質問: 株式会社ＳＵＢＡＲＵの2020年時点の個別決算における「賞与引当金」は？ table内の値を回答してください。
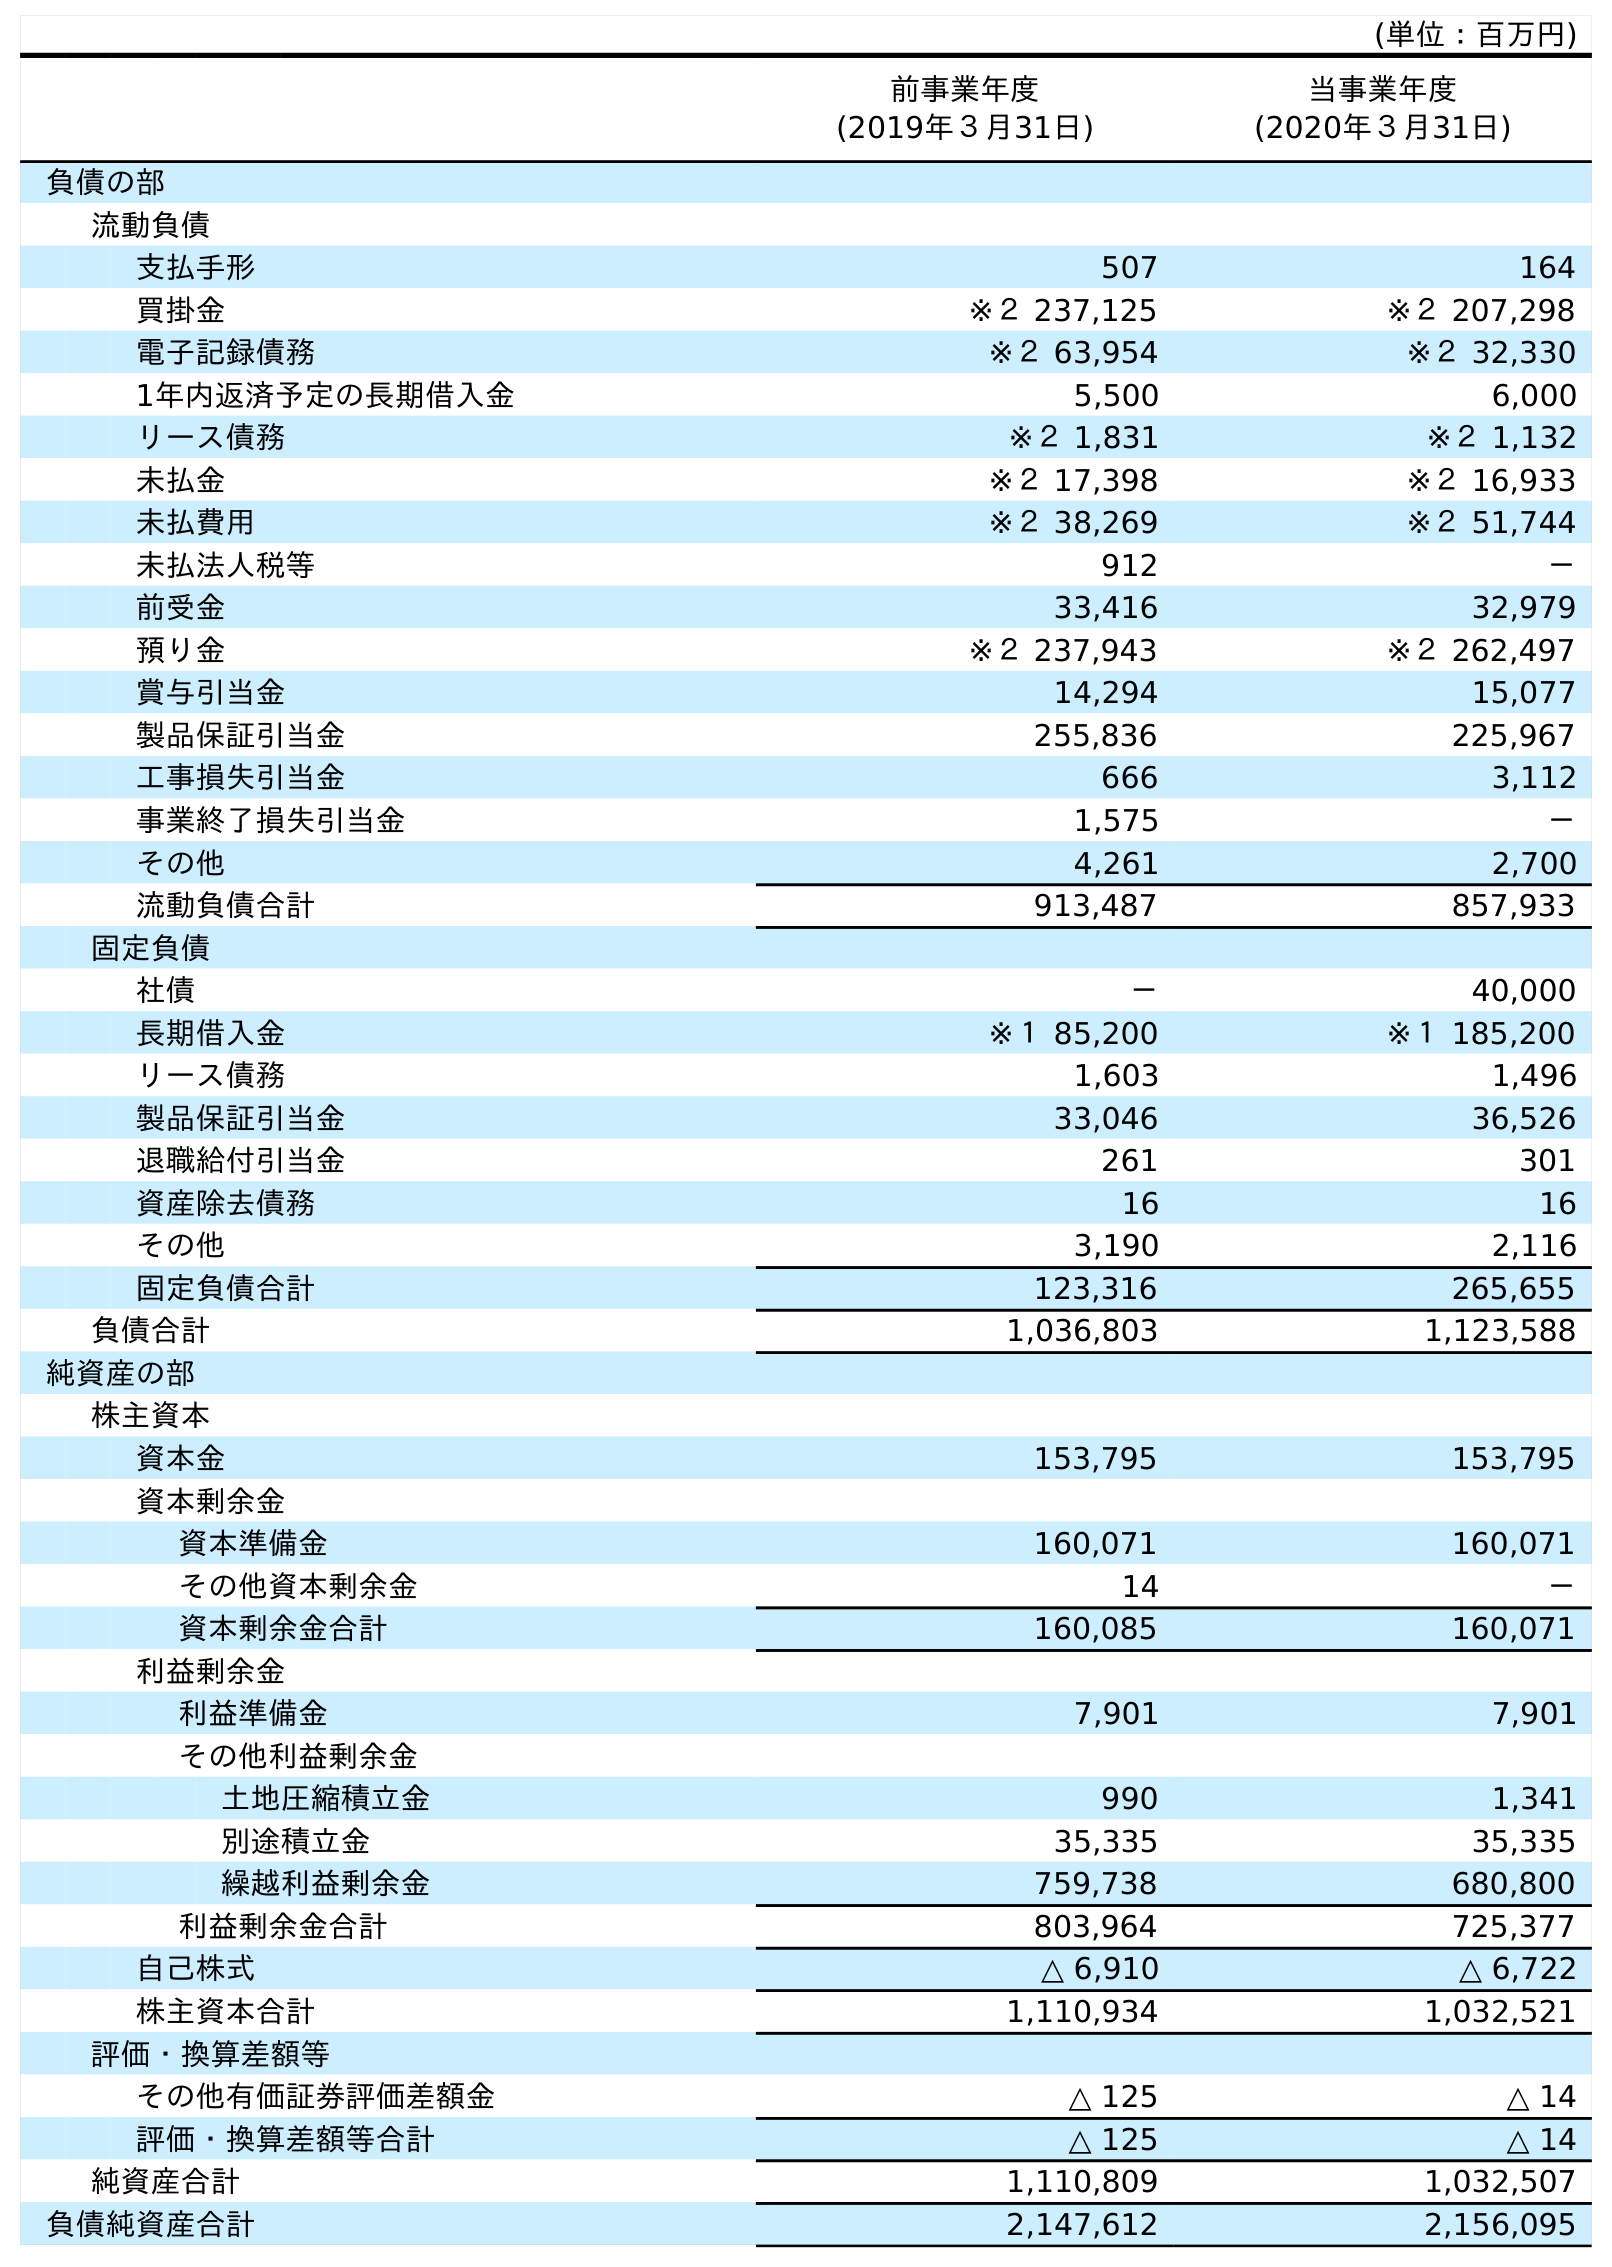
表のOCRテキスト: (単位：百万円) 前事業年度 (2019年３月31日) 当事業年度 (2020年３月31日) 負債の部 流動負債 支払手形 507 164 買掛金 ※２ 237,125 ※２ 207,298 電子記録債務 ※２ 63,954 ※２ 32,330 1年内返済予定の長期借入金 5,500 6,000 リース債務 ※２ 1,831 ※２ 1,132 未払金 ※２ 17,398 ※２ 16,933 未払費用 ※２ 38,269 ※２ 51,744 未払法人税等 912 － 前受金 33,416 32,979 預り金 ※２ 237,943 ※２ 262,497 賞与引当金 14,294 15,077 製品保証引当金 255,836 225,967 工事損失引当金 666 3,112 事業終了損失引当金 1,575 － その他 4,261 2,700 流動負債合計 913,487 857,933 固定負債 社債 － 40,000 長期借入金 ※１ 85,200 ※１ 185,200 リース債務 1,603 1,496 製品保証引当金 33,046 36,526 退職給付引当金 261 301 資産除去債務 16 16 その他 3,190 2,116 固定負債合計 123,316 265,655 負債合計 1,036,803 1,123,588 純資産の部 株主資本 資本金 153,795 153,795 資本剰余金 資本準備金 160,071 160,071 その他資本剰余金 14 － 資本剰余金合計 160,085 160,071 利益剰余金 利益準備金 7,901 7,901 その他利益剰余金 土地圧縮積立金 990 1,341 別途積立金 35,335 35,335 繰越利益剰余金 759,738 680,800 利益剰余金合計 803,964 725,377 自己株式 △ 6,910 △ 6,722 株主資本合計 1,110,934 1,032,521 評価・換算差額等 その他有価証券評価差額金 △ 125 △ 14 評価・換算差額等合計 △ 125 △ 14 純資産合計 1,110,809 1,032,507 負債純資産合計 2,147,612 2,156,095
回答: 15,077